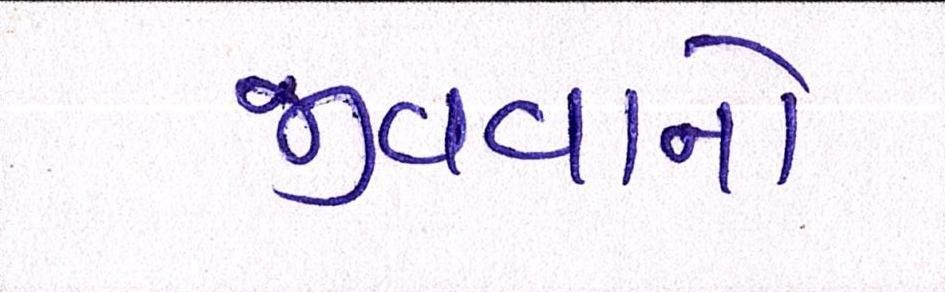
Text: જીવવાનો